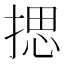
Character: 揌